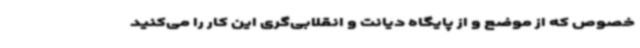
خصوص که از موضع و از پایگاه دیانت و انقلابی‌گری این کار را می‌کنید